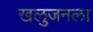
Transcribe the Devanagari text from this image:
खलुजनला